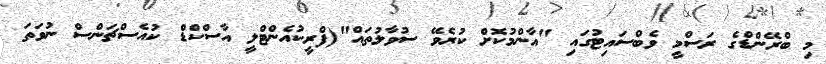
މި ބްރޭންޑްގެ ރަސްމީ ވެބްސައިޓުގައި "އާންމުކޮށް ކުރެވޭ ސުވާލުތައް"(ފްރީކުއެންޓްލީ އާސްކްޑް ކުއެސްޗަންސް ނުވަތަ